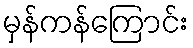
မှန်ကန်ကြောင်း